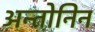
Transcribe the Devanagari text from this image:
अन्तोनिन